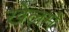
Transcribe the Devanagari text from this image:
खेलमें